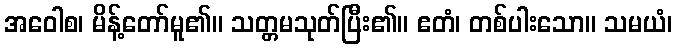
အဝေါစ၊ မိန့်တော်မူ၏။ သတ္တမသုတ်ပြီး၏။ ဧတံ၊ တစ်ပါးသော။ သမယံ၊